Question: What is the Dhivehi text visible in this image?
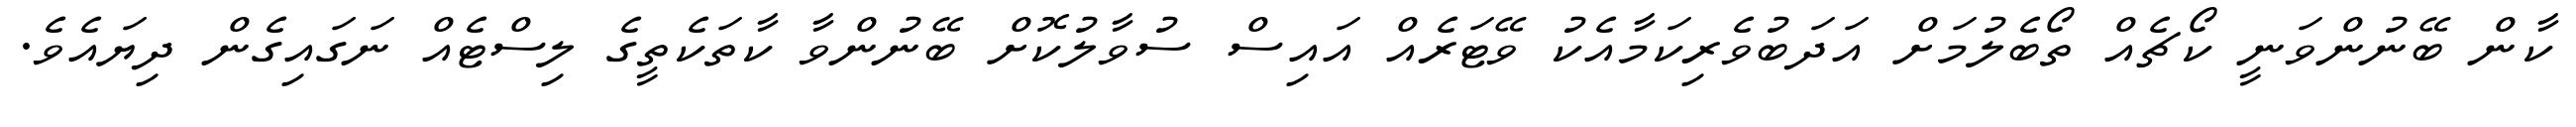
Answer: ކާން ބޭނުންވަނީ ކޯޗެއް ތޯބެލުމަށް އަދަބުވެރިކަމާއެކު ވޭޓަރެއް އައިސް ސުވާލުކޮށް ބޭނުންވާ ކާތަކެތީގެ ލިސްޓެއް ނަގައިގެން ދިޔައެވެ.